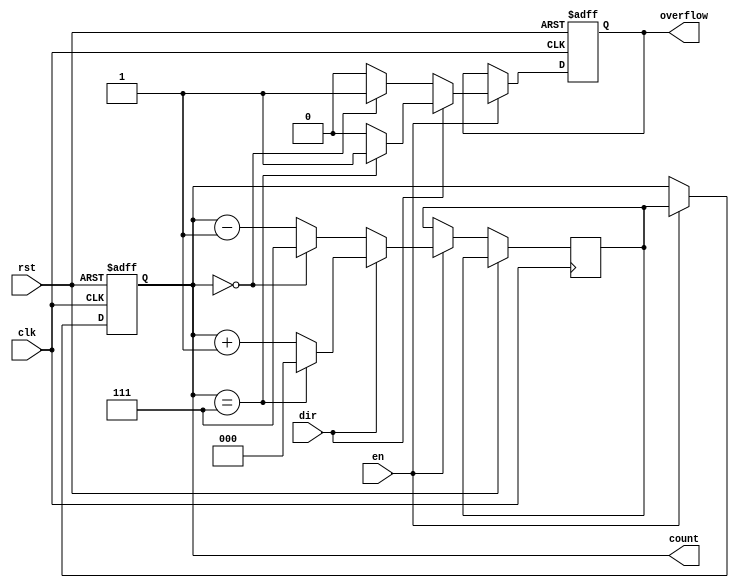
module ModulusCounter #(
    parameter N = 8 // Modulus value (max count)
)(
    input wire clk,            // Clock signal
    input wire rst,            // Reset signal (active high)
    input wire en,             // Enable signal (active high)
    input wire dir,            // Direction signal (1 for up, 0 for down)
    output reg [$clog2(N)-1:0] count, // Count output
    output reg overflow        // Overflow indication
);

    // Internal signal for the next count value
    reg [$clog2(N)-1:0] next_count;

    always @(posedge clk or posedge rst) begin
        if (rst) begin
            count <= 0;                // Reset the counter to 0
            overflow <= 0;             // Clear the overflow flag
        end else if (en) begin
            // Determine next count value based on direction
            if (dir) begin
                // Up counting
                if (count == N-1) begin
                    next_count <= 0;    // Reset to 0 if maximum count is reached
                    overflow <= 1;      // Set overflow flag
                end else begin
                    next_count <= count + 1;
                    overflow <= 0;      // Clear overflow flag
                end
            end else begin
                // Down counting
                if (count == 0) begin
                    next_count <= N-1;  // Wrap around to N-1
                    overflow <= 1;      // Set overflow flag
                end else begin
                    next_count <= count - 1;
                    overflow <= 0;      // Clear overflow flag
                end
            end
            
            count <= next_count; // Update the counter value
        end
    end

endmodule